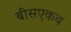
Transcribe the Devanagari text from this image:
बीसएकव